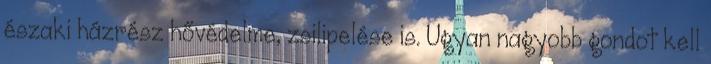
északi házrész hővédelme, zsilipelése is. Ugyan nagyobb gondot kell